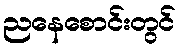
ညနေစောင်းတွင်